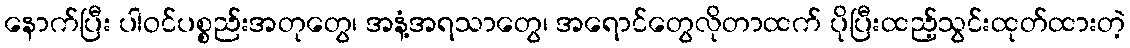
နောက်ပြီး ပါဝင်ပစ္စည်းအတုတွေ၊ အနံ့အရသာတွေ၊ အရောင်တွေလိုတာထက် ပိုပြီးထည့်သွင်းထုတ်ထားတဲ့